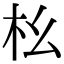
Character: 㭃